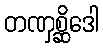
တဏှစ္ဆိဒေါ